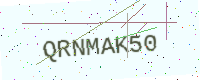
Text: QRNMAK50